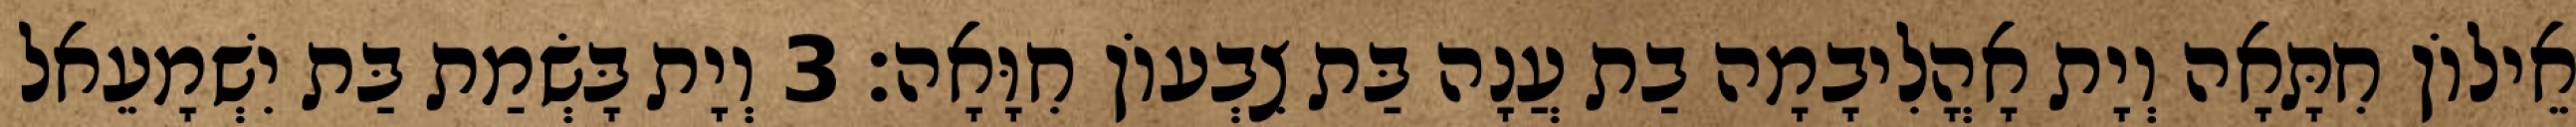
אֵילוֹן חִתָּאָה וְיָת אָהֳלִיבָמָה בַת עֲנָה בַּת צִבְעוֹן חִוָּאָה׃ 3 וְיָת בָּשְׂמַת בַּת יִשְׁמָעֵאל